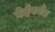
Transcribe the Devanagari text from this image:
घेईपर्यंत